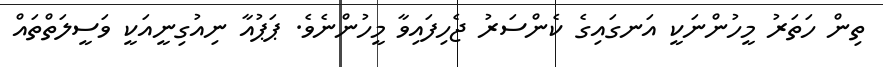
ތިން ހަތަރު މީހުންނަކީ އަނގައިގެ ކެންސަރު ޖެހިފައިވާ މީހުންނެވެ. ޕަޕުއާ ނިއުގިނީއަކީ ވަސީލަތްތައް